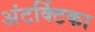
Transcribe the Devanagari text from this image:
अंटर्क्टिका